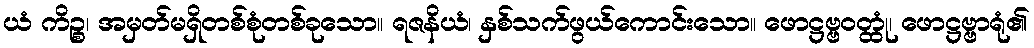
ယံ ကိဉ္စ၊ အမှတ်မရှိတစ်စုံတစ်ခုသော။ ရဇနိယံ၊ နှစ်သက်ဖွယ်ကောင်းသော။ ဖောဋ္ဌဗ္ဗဝတ္ထုံ၊ ဖောဋ္ဌဗ္ဗာရုံ၏